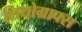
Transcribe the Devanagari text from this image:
लिथोग्राफ्स